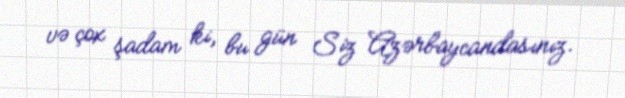
və çox şadam ki, bu gün Siz Azərbaycandasınız.